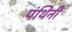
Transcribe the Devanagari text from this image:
पंथिनी